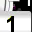
Digit: 1